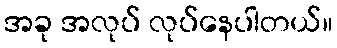
အခု အလုပ် လုပ်နေပါတယ်။